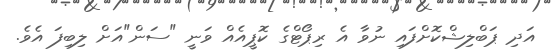
އަދި ޕަބްލިޝްކޮށްފައި ނުވާ އެ ރިޕޯޓްގެ ކޮޕީއެއް ވަނީ "ސަން"އަށް ލިބިފަ އެވެ.